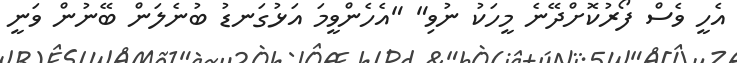
އެހީ ވެސް ފޯރުކޮށްދޭނެ މީހަކު ނުވި" "އެހެންވީމަ އަޅުގަނޑު ބުނެލަން ބޭނުން ވަނީ